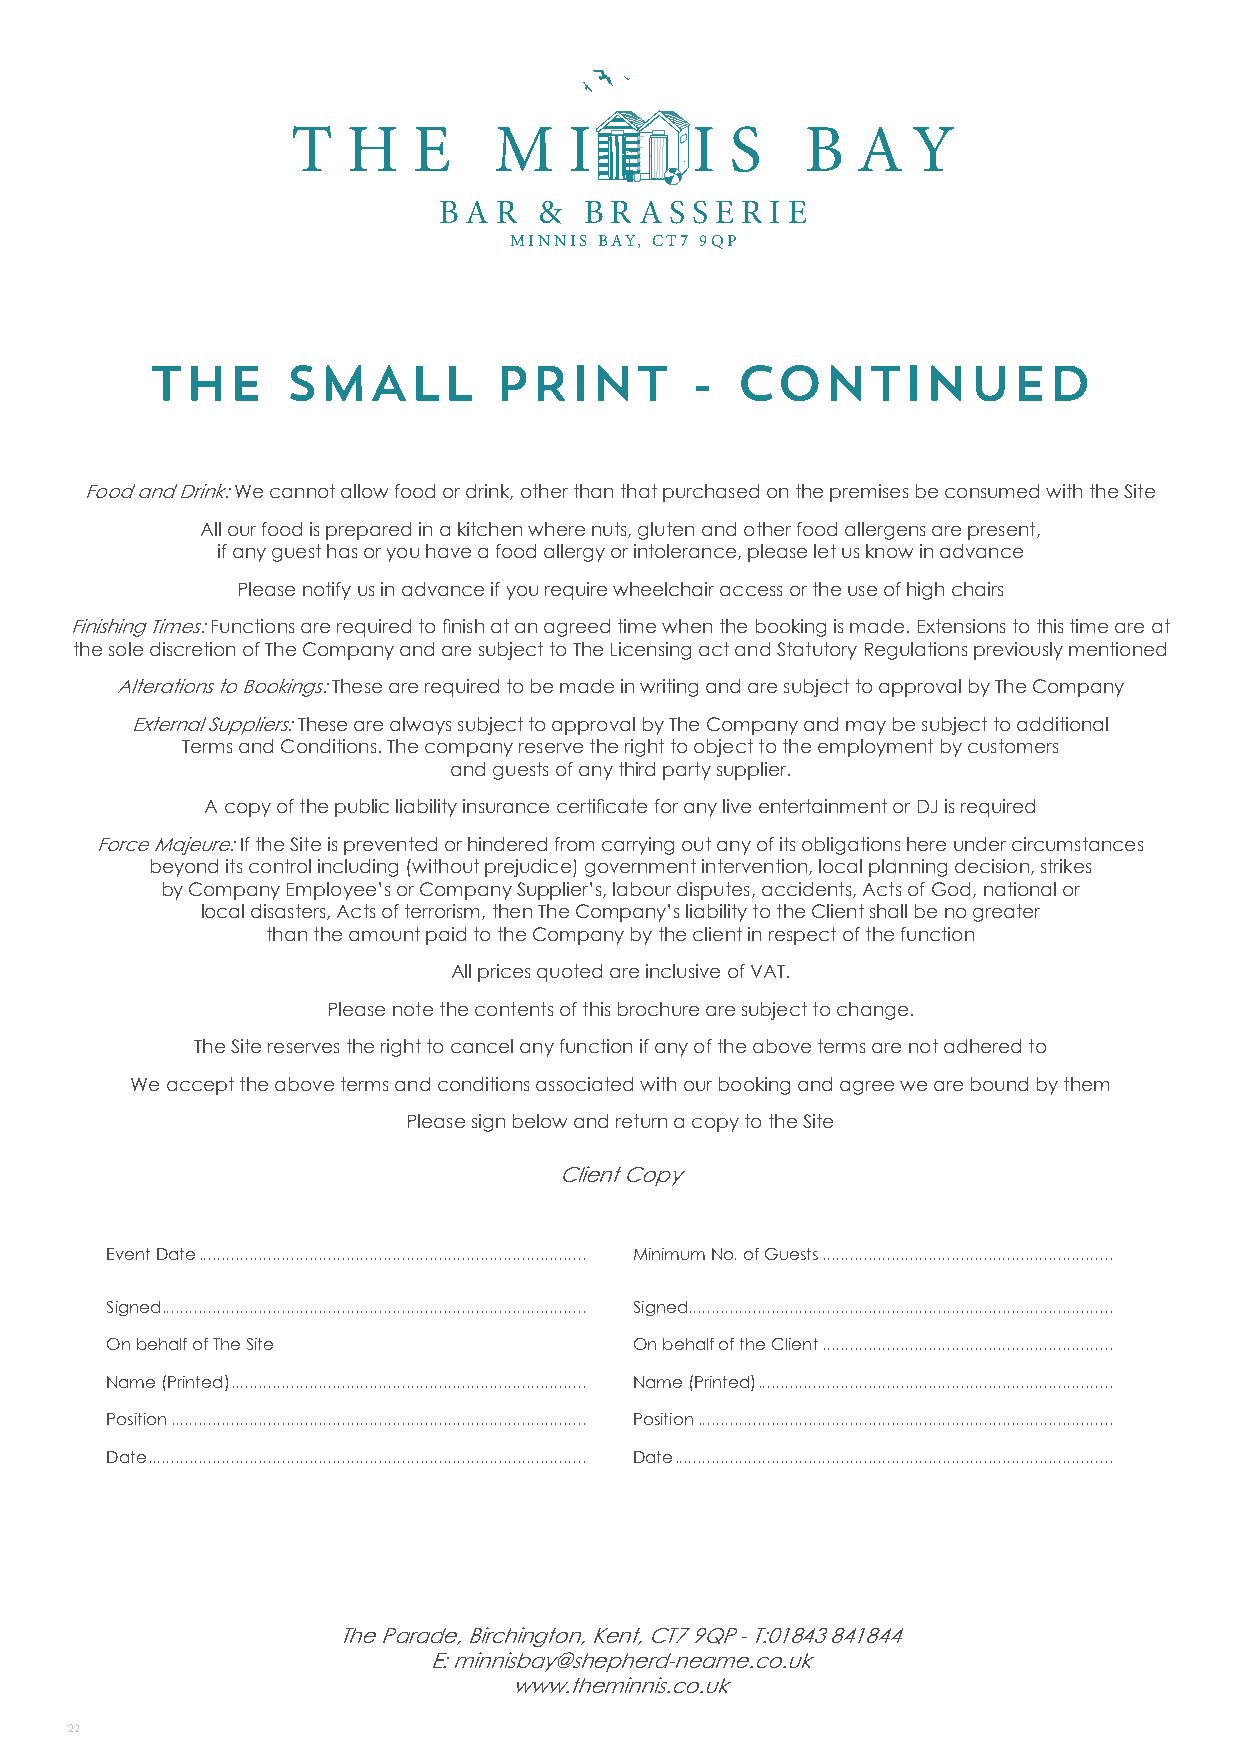
T   HE        M    I       I S    B   A  Y
 B A R  &  B R A S S E R IE
 MINNIS BAY, CT7 9QP
 THE      SMALL         PRINT        -  CONTINUED
 Food and Drink: We cannot allow food or drink, other than that purchased on the premises be consumed with the Site
 All our food is prepared in a kitchen where nuts, gluten and other food allergens are present,
 if any guest has or you have a food allergy or intolerance, please let us know in advance
 Please notify us in advance if you require wheelchair access or the use of high chairs
 Finishing Times: Functions are required to finish at an agreed time when the booking is made. Extensions to this time are at
 the sole discretion of The Company and are subject to The Licensing act and Statutory Regulations previously mentioned
 Alterations to Bookings: These are required to be made in writing and are subject to approval by The Company
 External Suppliers: These are always subject to approval by The Company and may be subject to additional
 Terms and Conditions. The company reserve the right to object to the employment by customers
 and guests of any third party supplier.
 A copy of the public liability insurance certificate for any live entertainment or DJ is required
 Force Majeure: If the Site is prevented or hindered from carrying out any of its obligations here under circumstances
 beyond its control including (without prejudice) government intervention, local planning decision, strikes
 by Company Employee’s or Company Supplier’s, labour disputes, accidents, Acts of God, national or
 local disasters, Acts of terrorism, then The Company’s liability to the Client shall be no greater
 than the amount paid to the Company by the client in respect of the function
 All prices quoted are inclusive of VAT.
 Please note the contents of this brochure are subject to change.
 The Site reserves the right to cancel any function if any of the above terms are not adhered to
 We accept the above terms and conditions associated with our booking and agree we are bound by them
 Please sign below and return a copy to the Site
 Client Copy
 Event Date .................................................................................... Minimum No. of Guests ...............................................................
 Signed ............................................................................................ Signed ............................................................................................
 On behalf of The Site              On behalf of the Client ...............................................................
 Name (Printed) ............................................................................. Name (Printed) .............................................................................
 Position .......................................................................................... Position ..........................................................................................
 Date ............................................................................................... Date ...............................................................................................
 The Parade, Birchington, Kent, CT7 9QP - T:01843 841844
 E: minnisbay@shepherd-neame.co.uk
 www.theminnis.co.uk
 22